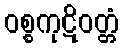
ဝစ္စကုဋိဝတ္တံ